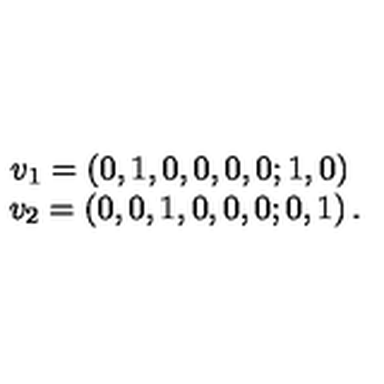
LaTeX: \begin{array} { c } { v _ { 1 } = \left( 0 , 1 , 0 , 0 , 0 , 0 ; 1 , 0 \right) \ } \\ { v _ { 2 } = \left( 0 , 0 , 1 , 0 , 0 , 0 ; 0 , 1 \right) . } \\ \end{array}